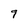
Character: 9